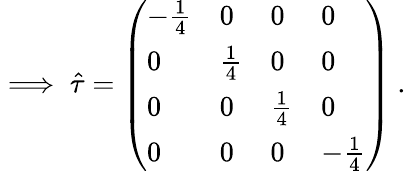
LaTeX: \implies\hat{\tau}=\left(\begin{array}{llll}{-\frac{1}{4}}&{0}&{0}&{0}\\ {0}&{\frac{1}{4}}&{0}&{0}\\ {0}&{0}&{\frac{1}{4}}&{0}\\ {0}&{0}&{0}&{-\frac{1}{4}}\end{array}\right)\mathrm{~.~}